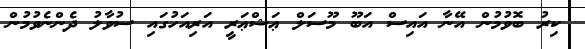
ކިރު ބޮވުމުން އޭނާ އައިސް އަބޫ މޫސަލް ޢަޝްޢަރީ އަރިއަހުގައި ސުވާލު ދެންނެވުމުން